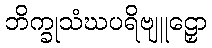
ဘိက္ခုသံဃပရိဗျူဠှော